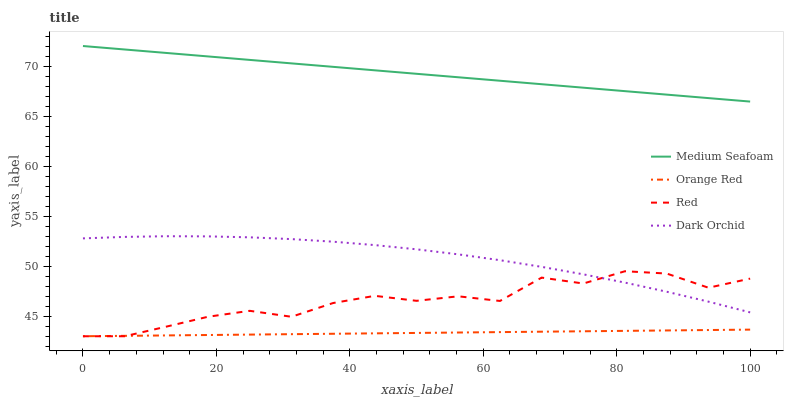
| xaxis_label | Medium Seafoam | Orange Red | Red | Dark Orchid |
 | --- | --- | --- | --- | --- |
 | 0 | 72 | 43 | 43 | 52.8 |
 | 6.25 | 71.7 | 43 | 43 | 52.9 |
 | 12.5 | 71.3 | 43.1 | 44 | 53 |
 | 18.8 | 71 | 43.1 | 44.9 | 53 |
 | 25 | 70.6 | 43.2 | 45.5 | 52.9 |
 | 31.2 | 70.3 | 43.2 | 44.9 | 52.7 |
 | 37.5 | 69.9 | 43.2 | 46.3 | 52.4 |
 | 43.8 | 69.6 | 43.3 | 47 | 52.1 |
 | 50 | 69.2 | 43.3 | 46.5 | 51.7 |
 | 56.2 | 68.9 | 43.4 | 47 | 51.2 |
 | 62.5 | 68.5 | 43.4 | 46.5 | 50.6 |
 | 68.8 | 68.2 | 43.5 | 48.9 | 49.9 |
 | 75 | 67.8 | 43.5 | 48.3 | 49.2 |
 | 81.2 | 67.5 | 43.5 | 49.5 | 48.4 |
 | 87.5 | 67.1 | 43.6 | 49.3 | 47.4 |
 | 93.8 | 66.8 | 43.6 | 47.8 | 46.5 |
 | 100 | 66.4 | 43.7 | 48.8 | 45.4 |